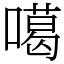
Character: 噶